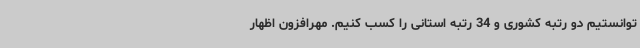
توانستیم دو رتبه کشوری و 34 رتبه استانی را کسب کنیم. مهرافزون اظهار